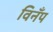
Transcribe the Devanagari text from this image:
विनँप